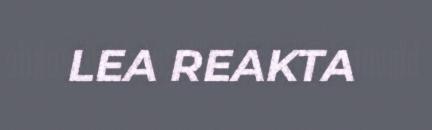
LEA REAKTA